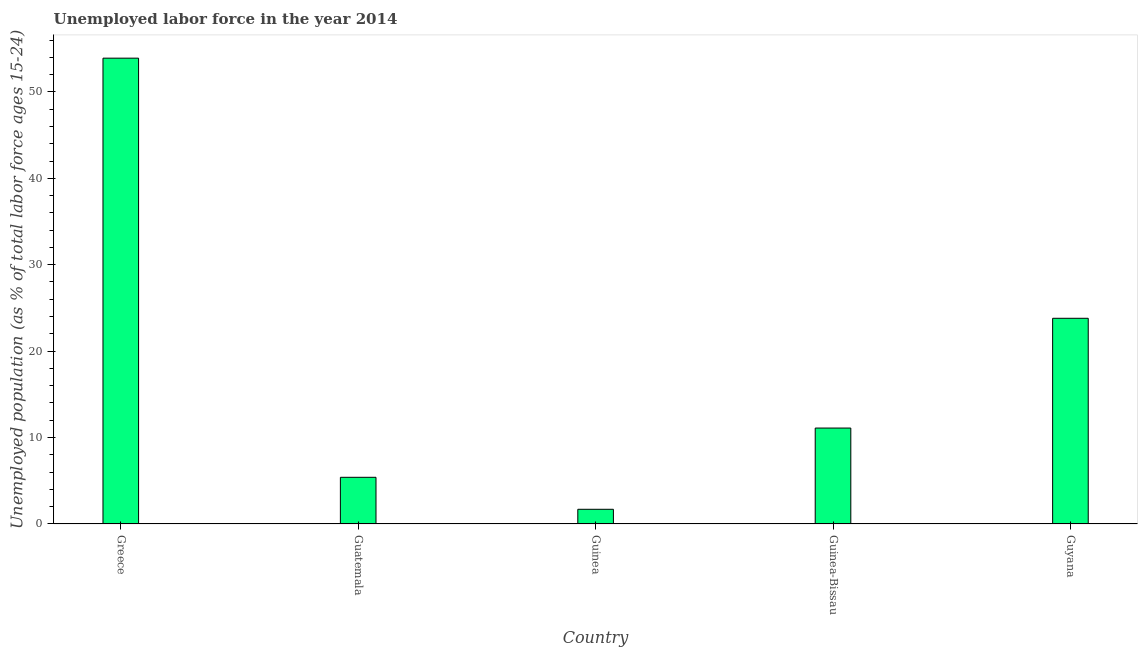
| Country | Unemployment |
 | --- | --- |
 | Greece | 53.9 |
 | Guatemala | 5.4 |
 | Guinea | 1.7 |
 | Guinea-Bissau | 11.1 |
 | Guyana | 23.8 |